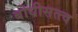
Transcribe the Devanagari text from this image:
बोधीसत्त्व